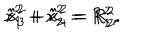
LaTeX: \hat { x } _ { 1 } ^ { 2 } + \hat { x } _ { 2 } ^ { 2 } = R _ { 1 } ^ { 2 } , \hspace { 0 . 4 c m } \hat { x } _ { 3 } ^ { 2 } + \hat { x } _ { 4 } ^ { 2 } = R _ { 2 } ^ { 2 } .